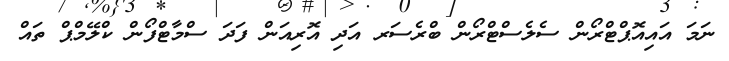
ނަމަ އައިއޮޕްޓްރޯން ސެލެސްޓްރޯން ބްރެސަރ އަދި އޮރިއަން ފަދަ ސްމާޓްފޯން ކްލޭމްޕް ތައް